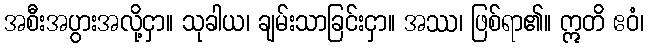
အစီးအပွားအလို့ငှာ။ သုခါယ၊ ချမ်းသာခြင်းငှာ။ အဿ၊ ဖြစ်ရာ၏။ ဣတိ ဧဝံ၊